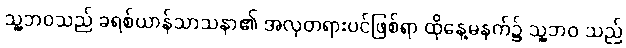
သူ့ဘဝသည် ခရစ်ယာန်သာသနာ၏ အလှတရားပင်ဖြစ်ရာ ထိုနေ့မနက်၌ သူ့ဘဝ သည်